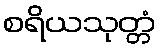
စရိယသုတ္တံ